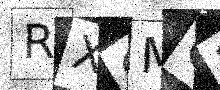
Text: RXOMQ3